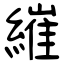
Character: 繀